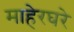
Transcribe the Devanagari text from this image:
माहेरघरे